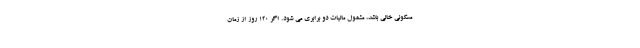
مسکونی خالی باشد، مشمول مالیات دو برابری می شود. اگر ۱۲۰ روز از زمان